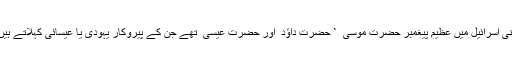
بنی اسرائیل میں عظیم پیغمبر حضرت موسی ؑ ` حضرت داﺅد ؑ اور حضرت عیسیٰ ؑ تھے جن کے پیروکار یہودی یا عیسائی کہلاتے ہیں۔